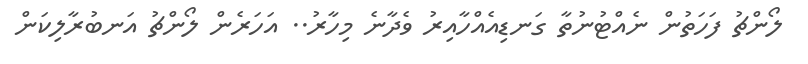
ލޯންޗު ފަހަތުން ނެއްޓުނުތާ ގަނޑިއެއްހާއިރު ވެދާނެ މިހާރު.. އަހަރެން ލޯންޗު އަނބުރާލިކަން